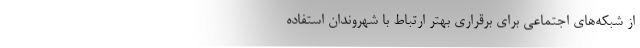
از شبکه‌های اجتماعی برای برقراری بهتر ارتباط با شهروندان استفاده